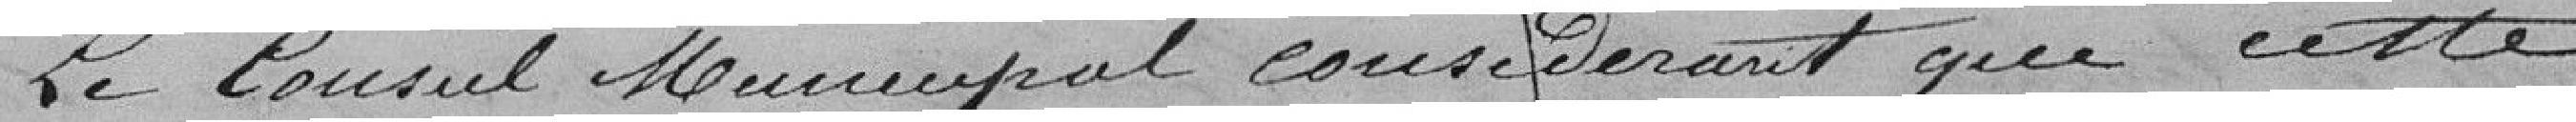
Le Conseil Municipal, considérant que cette